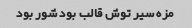
مزه سیر توش قالب بود شور بود